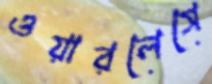
ওয়ারলেসে